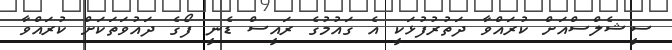
ސީޝެލްސްއަށް ކުރައްވާ ދަތުރުފުޅަކީ އެ ގައުމުގެ ރައީސް ޑެނީ ފޯގެ ދައުވަތަކަށް ކުރައްވާ